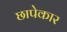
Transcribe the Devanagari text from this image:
छापेकार